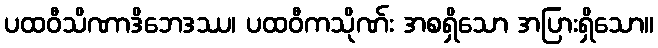
ပထဝီသိဏာဒိဘေဒဿ၊ ပထဝီကသိုဏ်း အစရှိသော အပြားရှိသော။